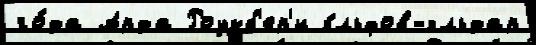
го́да Арда Роузб'ер'и э́льфов-эльдар